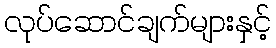
လုပ်ဆောင်ချက်များနှင့်